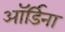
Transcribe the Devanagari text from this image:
ऑर्डिना